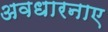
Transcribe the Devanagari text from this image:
अवधारनाए